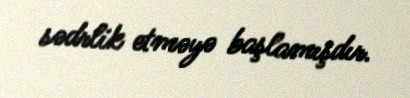
sədrlik etməyə başlamışdır.